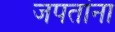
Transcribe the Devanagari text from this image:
जपतांना